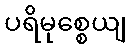
ပရိမုစ္စေယျ